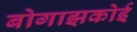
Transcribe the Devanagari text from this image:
बोगाझकोई